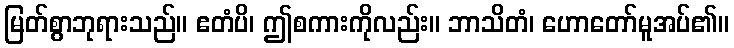
မြတ်စွာဘုရားသည်။ ဧတံပိ၊ ဤစကားကိုလည်း။ ဘာသိတံ၊ ဟောတော်မူအပ်၏။